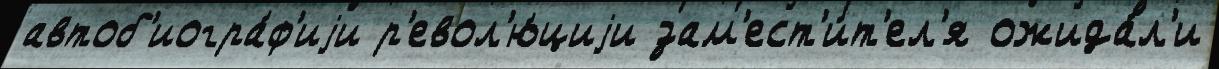
автоб'иогра́ф'иjи р'евол'ю́циjи зам'ест'и́т'ел'я ожида́л'и